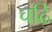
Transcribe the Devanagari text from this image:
चढि